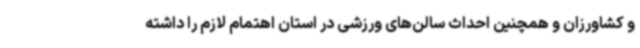
و کشاورزان و همچنین احداث سالن‌های ورزشی در استان اهتمام لازم را داشته